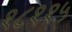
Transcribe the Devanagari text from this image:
१८११५